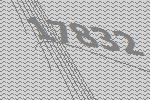
17832